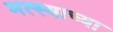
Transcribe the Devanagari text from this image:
मत्स्याच्या